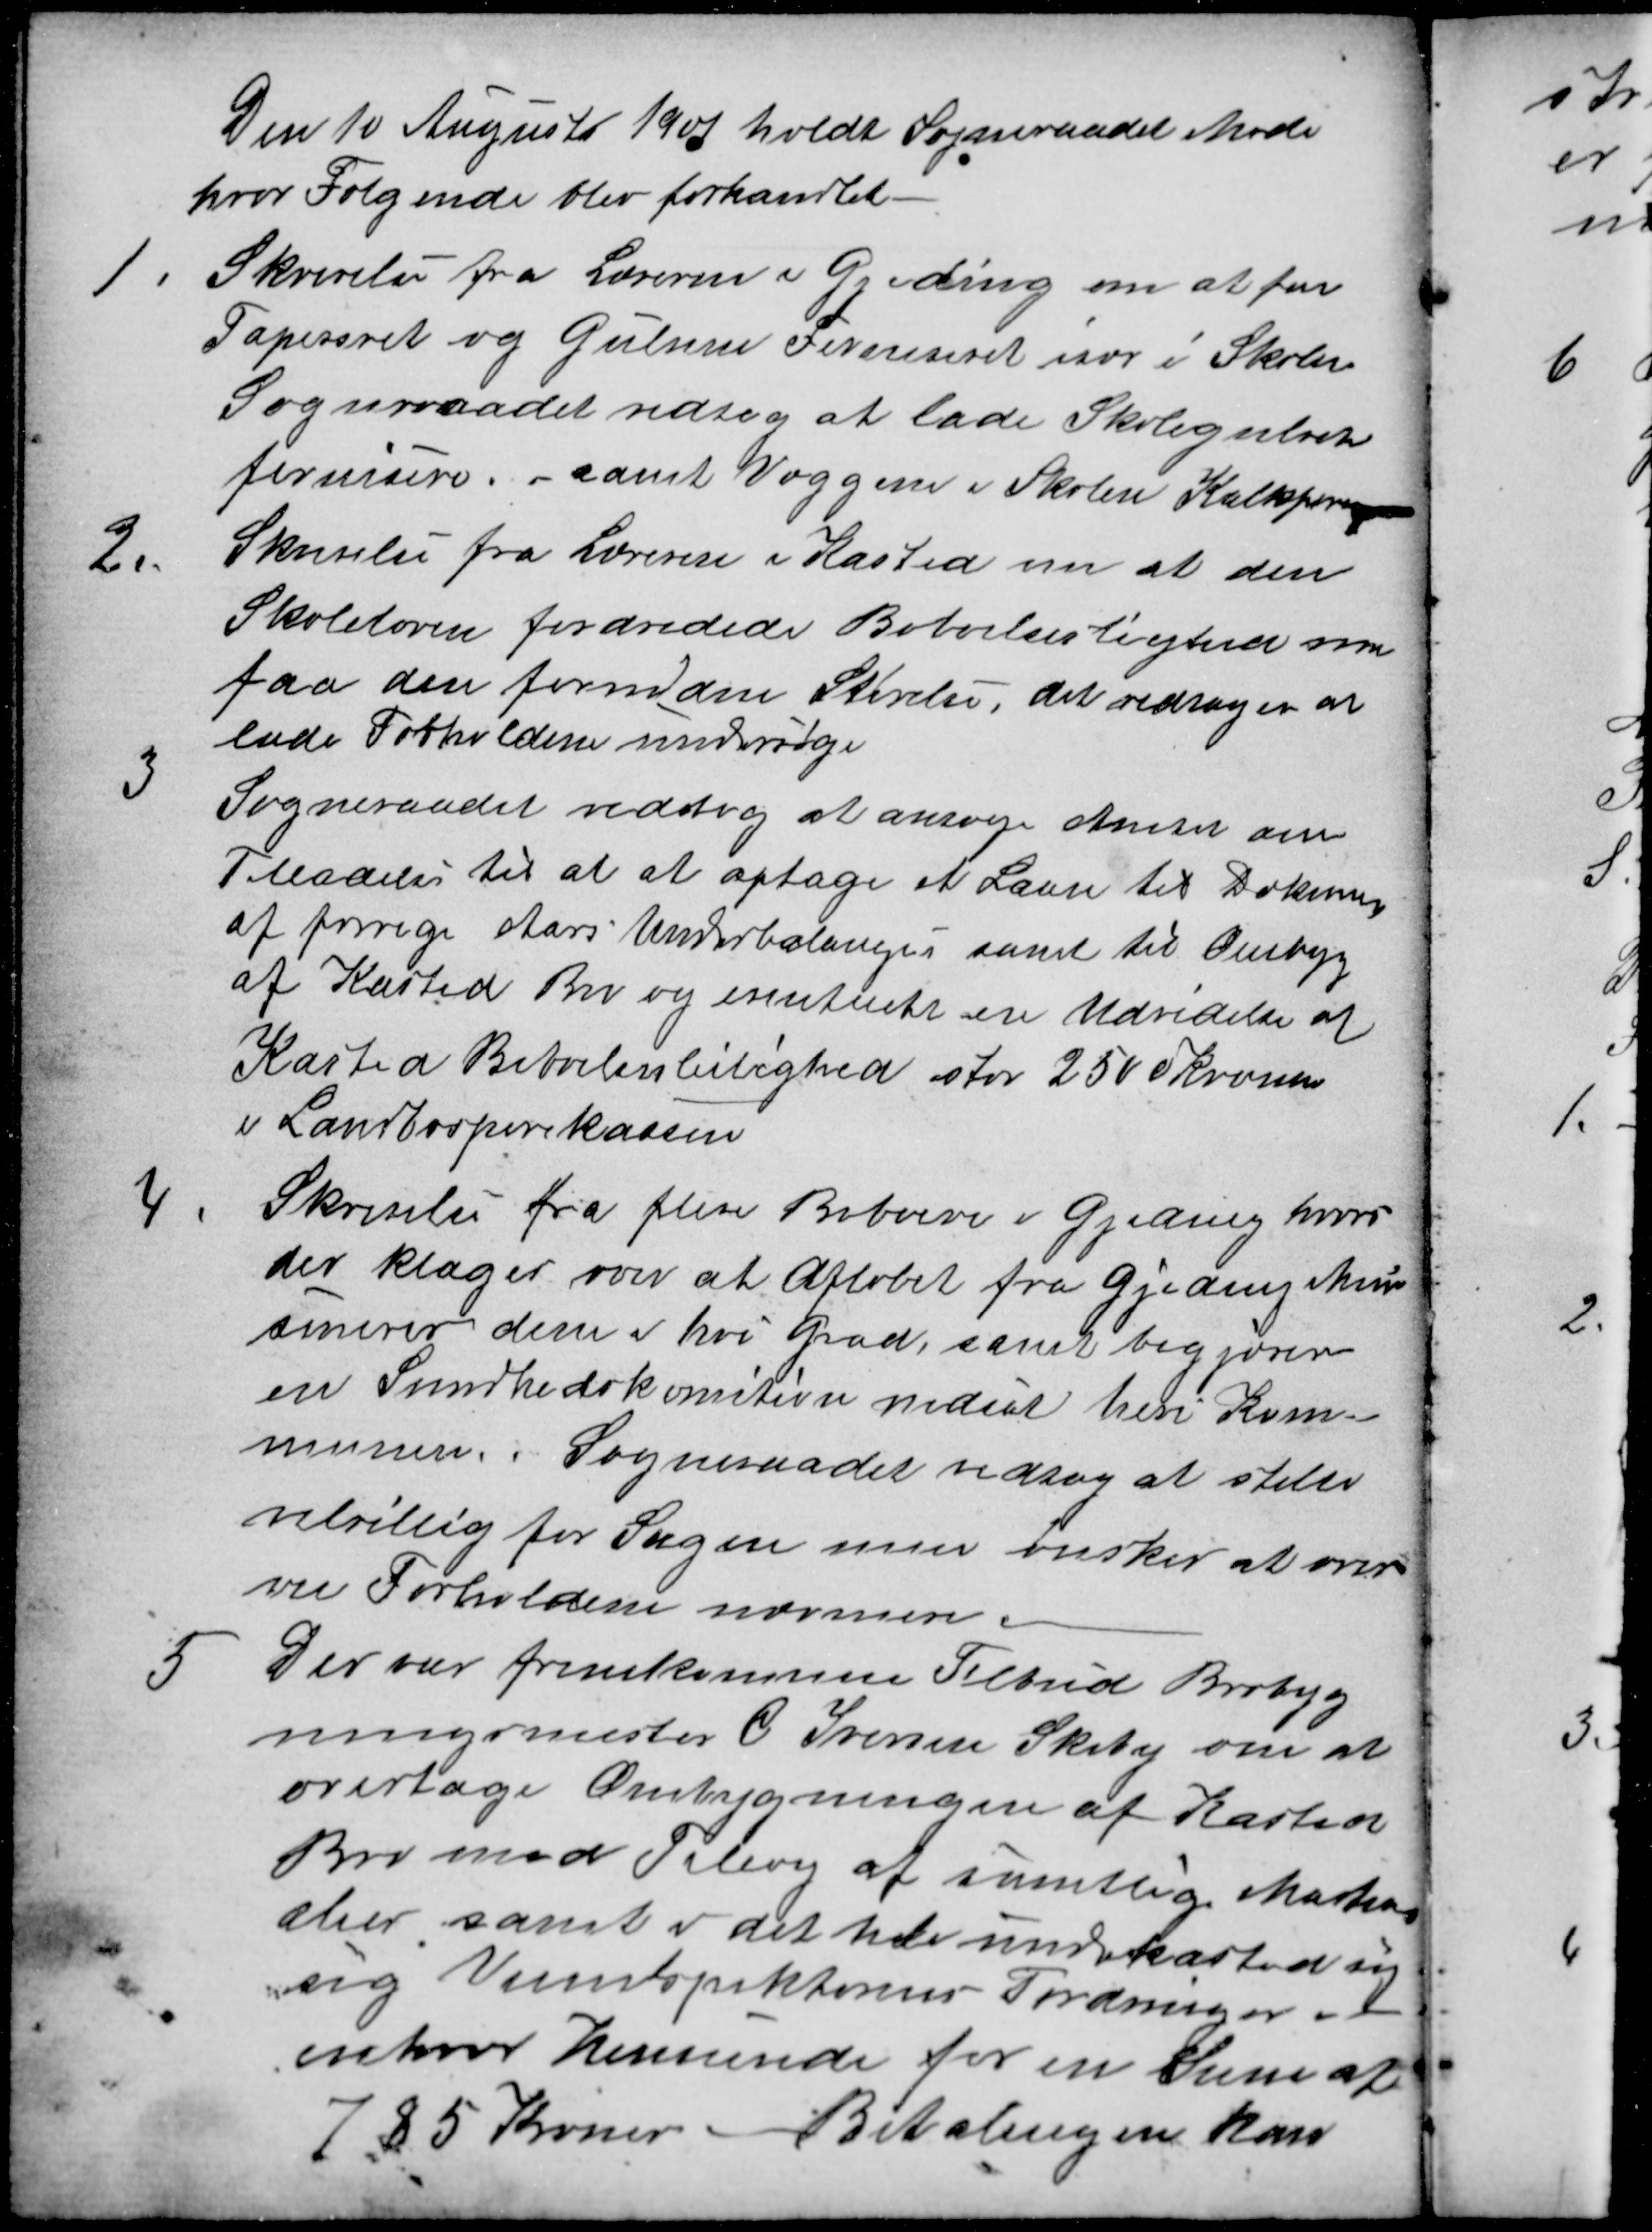
Transskription:
Den 10 August 1907 holdt Sogneraadet Møde
hvor Følgende blev forhandlet.
1
Skrivelse fra Læreren i Gjeding om at faa
Tapeseret og Gulvene Ferniseret især i Skolen
Sogneraadet vedtog at lade Skolegulvet
fernisere. samt Væggene i Skolen Kalktsere
2.
Skrivelse fra Læreren i Kasted om at den
Skoleloven fordredede Beboelseslighed som
faa den fornødne Størelse, det vedtoges at
lade Forholdene undersøge
3
Sogneraadet vedtog at ansøge Amtet om
Tilladelse til at at optage et Laan til Dækning
af forrige Aars Underbalangse samt til Ombyg
af Kasted Bro og eventuelt en Udvidelse af
Kasted Beboelsesleilighed stor 2500 Kroner
i Landbosparekassen
4
Skrivelse fra flere Beboere i Gjeding hvori
der klages over at Afløbet fra Gjeding kunne
sinerer dem i høi Grad, samt begjærer
en Sundhedskomition nedsat heri Kom-
munen. Sogneraadet vedtog at stille
velvillig for Sagen men ønsker at over-
veie Forholdene nærmere.
5
Der var fremkommen Tilbud Brobyg
ningsmester C. Iversen Skiby om at
overtage Ombygningen af Kasted
Bro mod Tillæg af samtlige Materi
alier, samt i det hele underkasted sig
sig Veiinspektørens Fordringer i
enhver Henseende for en Sum af
785 Kroner Betalingen kan